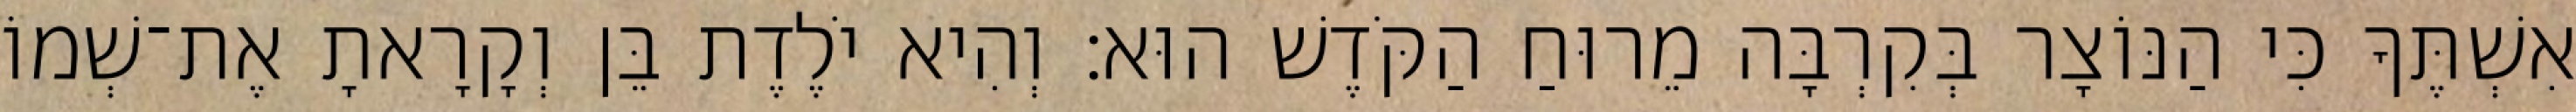
אִשְׁתֶּךָ כִּי הַנּוֹצָר בְּקִרְבָּה מֵרוּחַ הַקֹּדֶשׁ הוּא׃ וְהִיא יֹלֶדֶת בֵּן וְקָרָאתָ אֶת־שְׁמוֹ